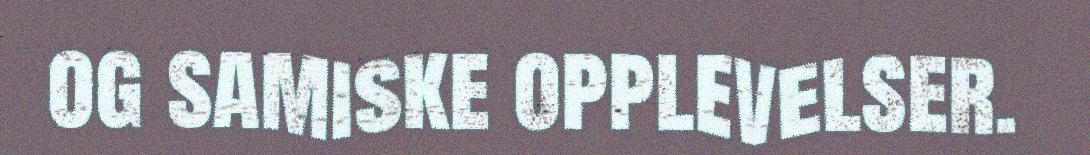
og samiske opplevelser.